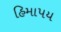
હિમાપય